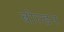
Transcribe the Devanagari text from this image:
बोल्डन